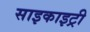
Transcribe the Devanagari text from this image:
साइकाइट्री